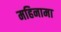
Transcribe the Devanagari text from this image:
महिनामा